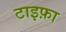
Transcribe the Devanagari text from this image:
टाइफ़ा